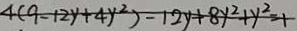
4 ( 9 - 1 2 y + 4 y ^ { 2 } ) - 1 2 y + 8 y ^ { 2 } + y ^ { 2 } = 1